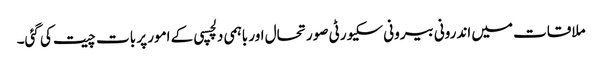
ملاقات میں اندرونی بیرونی سکیورٹی صورتحال اور باہمی دلچسپی کے امور پر بات چیت کی گئی۔